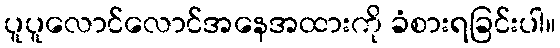
ပူပူလောင်လောင်အနေအထားကို ခံစားရခြင်းပါ။